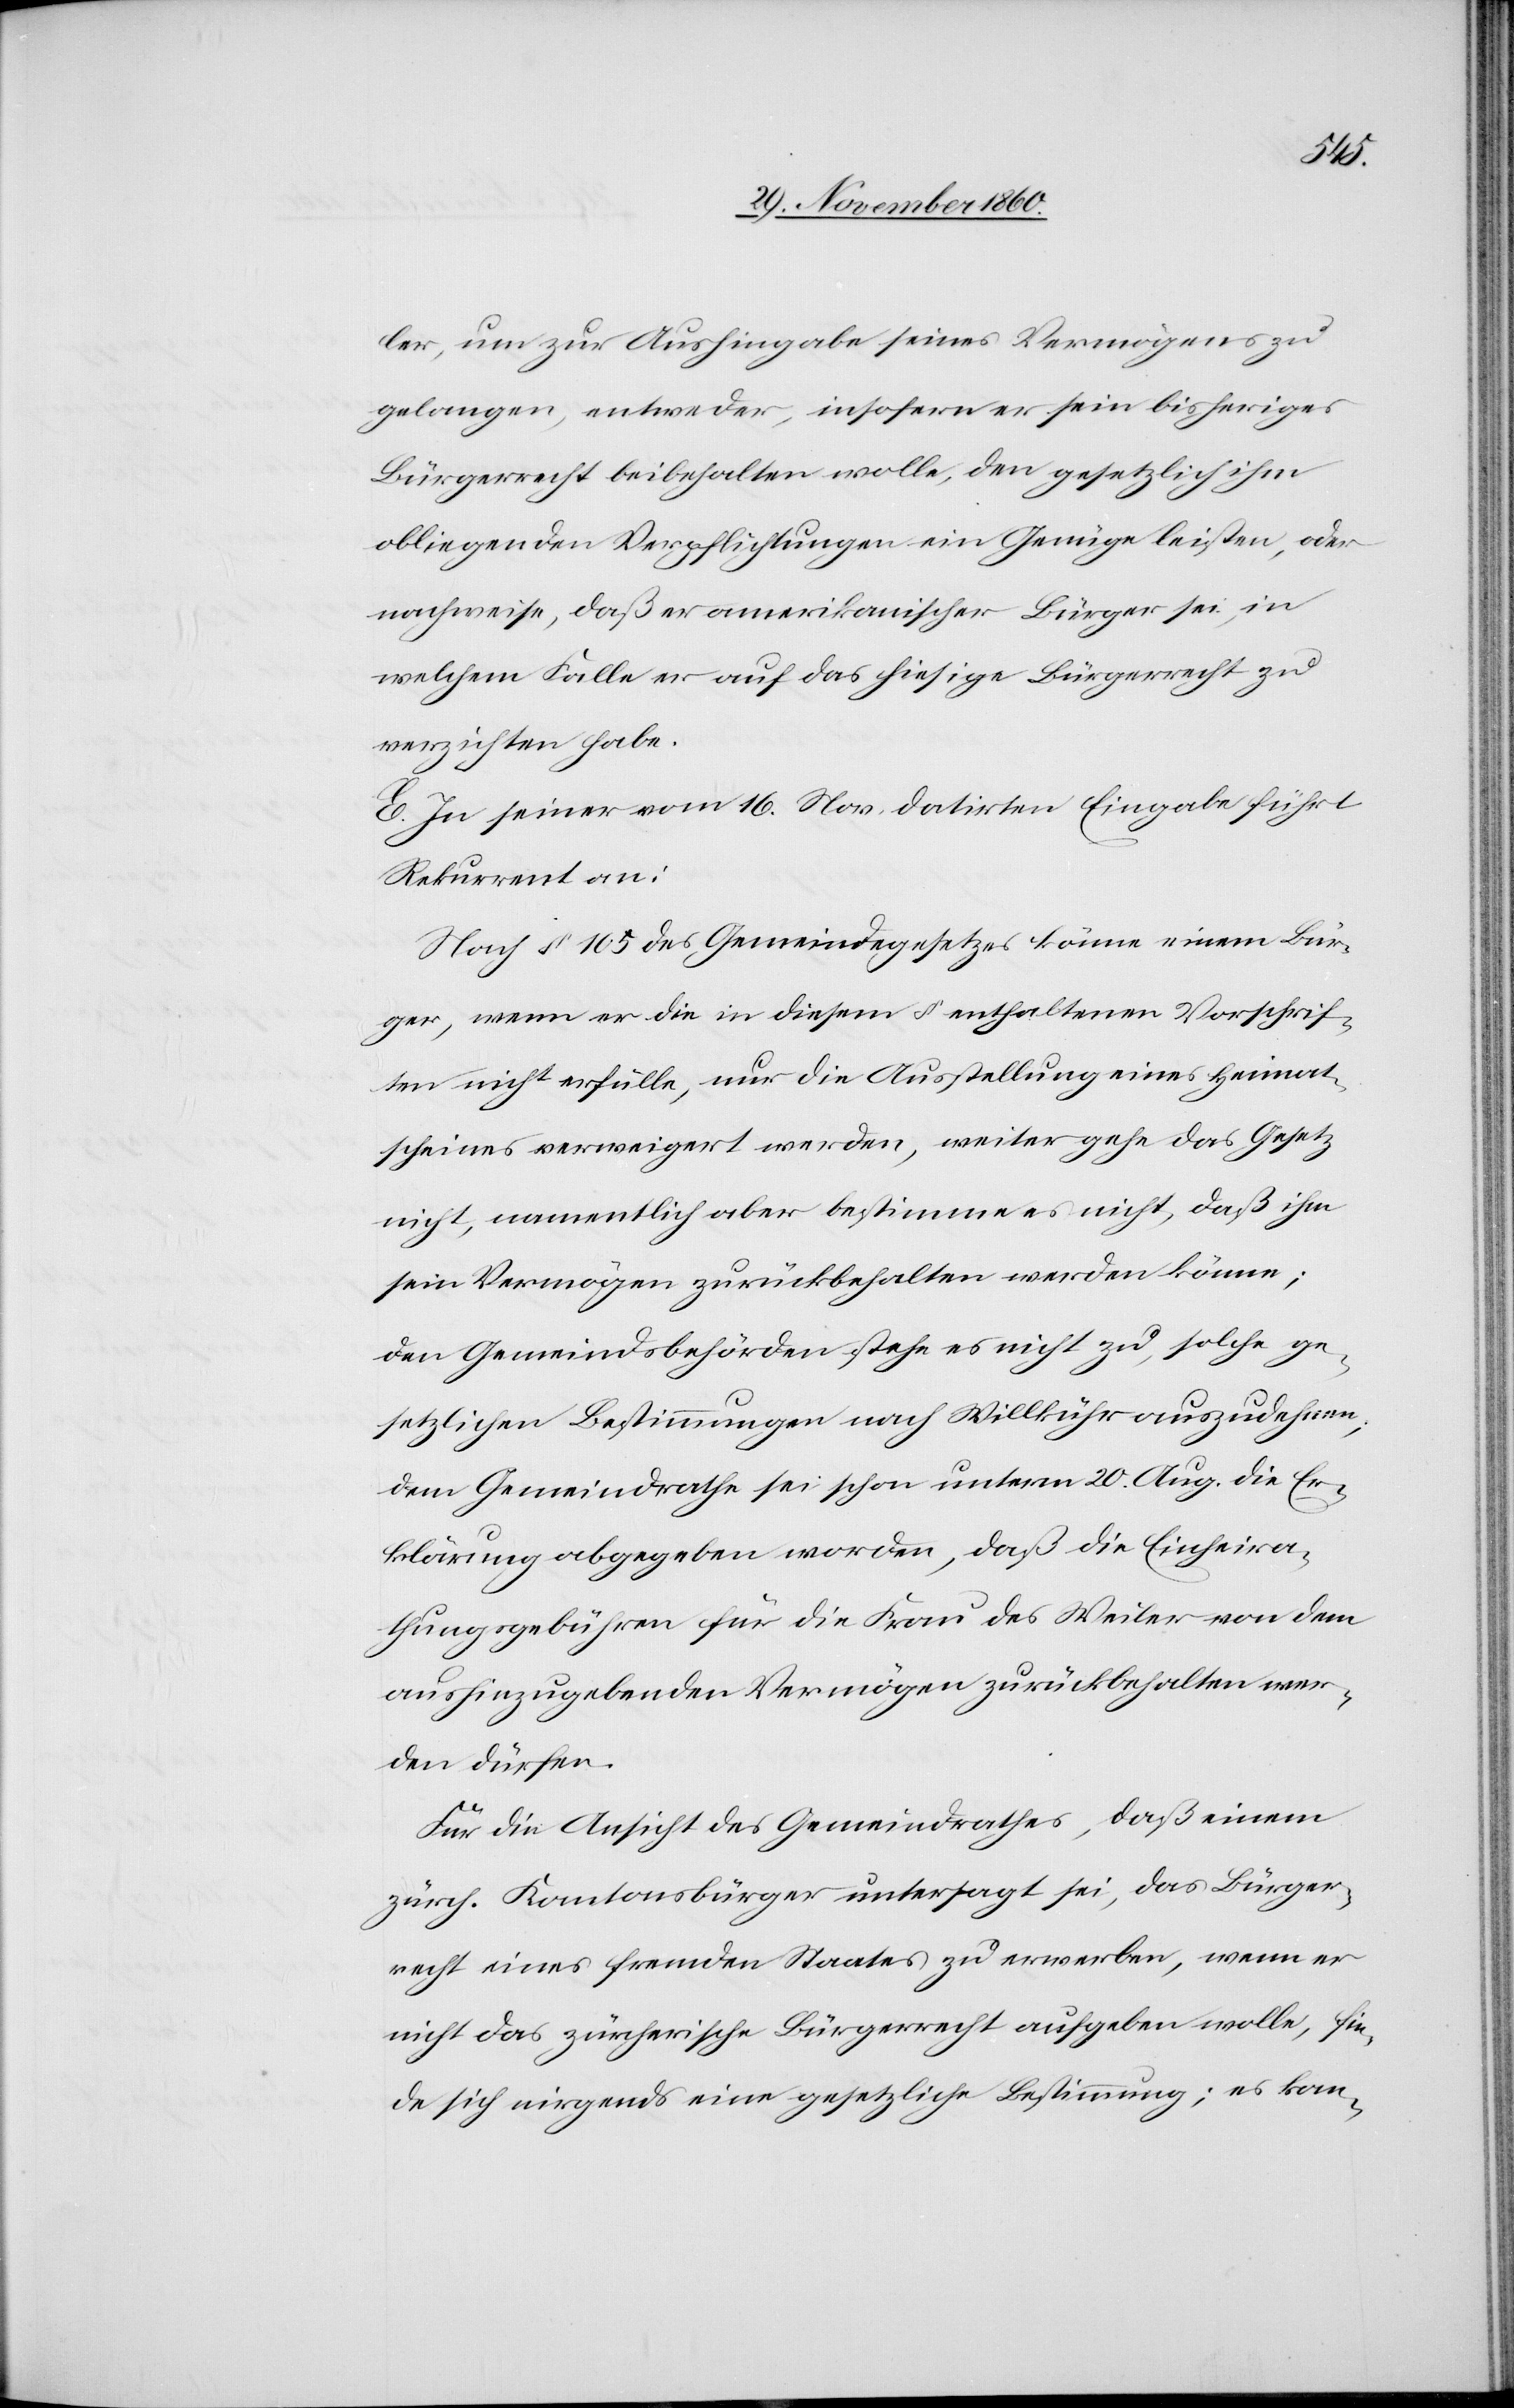
ler, um zur Aushingabe seines Vermögens zu
gelangen, entweder, insofern er sein bisheriges
Bürgerrecht beibehalten wolle, den gesetzlich ihm
obliegenden Verpflichtungen ein Genüge leisten, oder
nachweise, daß er amerikanischer Bürger sei, in
welchem Falle er auf das hiesige Bürgerrecht zu
verzichten habe.
E. In seiner vom 16. Nov. datirten Eingabe führt
Rekurrent an:
Nach § 105 des Gemeindegesetzes könne einem Bür¬
ger, wenn er die in diesem § enthaltenen Vorschrif¬
ten nicht erfülle, nur die Ausstellung eines Heimat¬
scheines verweigert werden, weiter gehe das Gesetz
nicht, namentlich aber bestimme es nicht, daß ihm
sein Vermögen zurückbehalten werden könne;
den Gemeindsbehörden stehe es nicht zu, solche ge¬
setzlichen Bestimmungen nach Willkür auszudehnen,
dem Gemeindrathe sei schon unterm 20. Aug. die Er¬
klärung abgegeben worden, daß die Einheira¬
thungsgebühren für die Frau des Weiler von dem
aushinzugebenden Vermögen zurückbehalten wer¬
den dürfen.
Für die Ansicht des Gemeindrathes , daß einem
zürch. Kantonsbürger untersagt sei, das Bürger¬
recht eines fremden Staates zu erwerben, wenn er
nicht das zürcherische Bürgerrecht aufgeben wolle, fin¬
de sich nirgends eine gesetzliche Bestimmung; es ko-